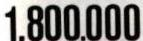
1.800.000